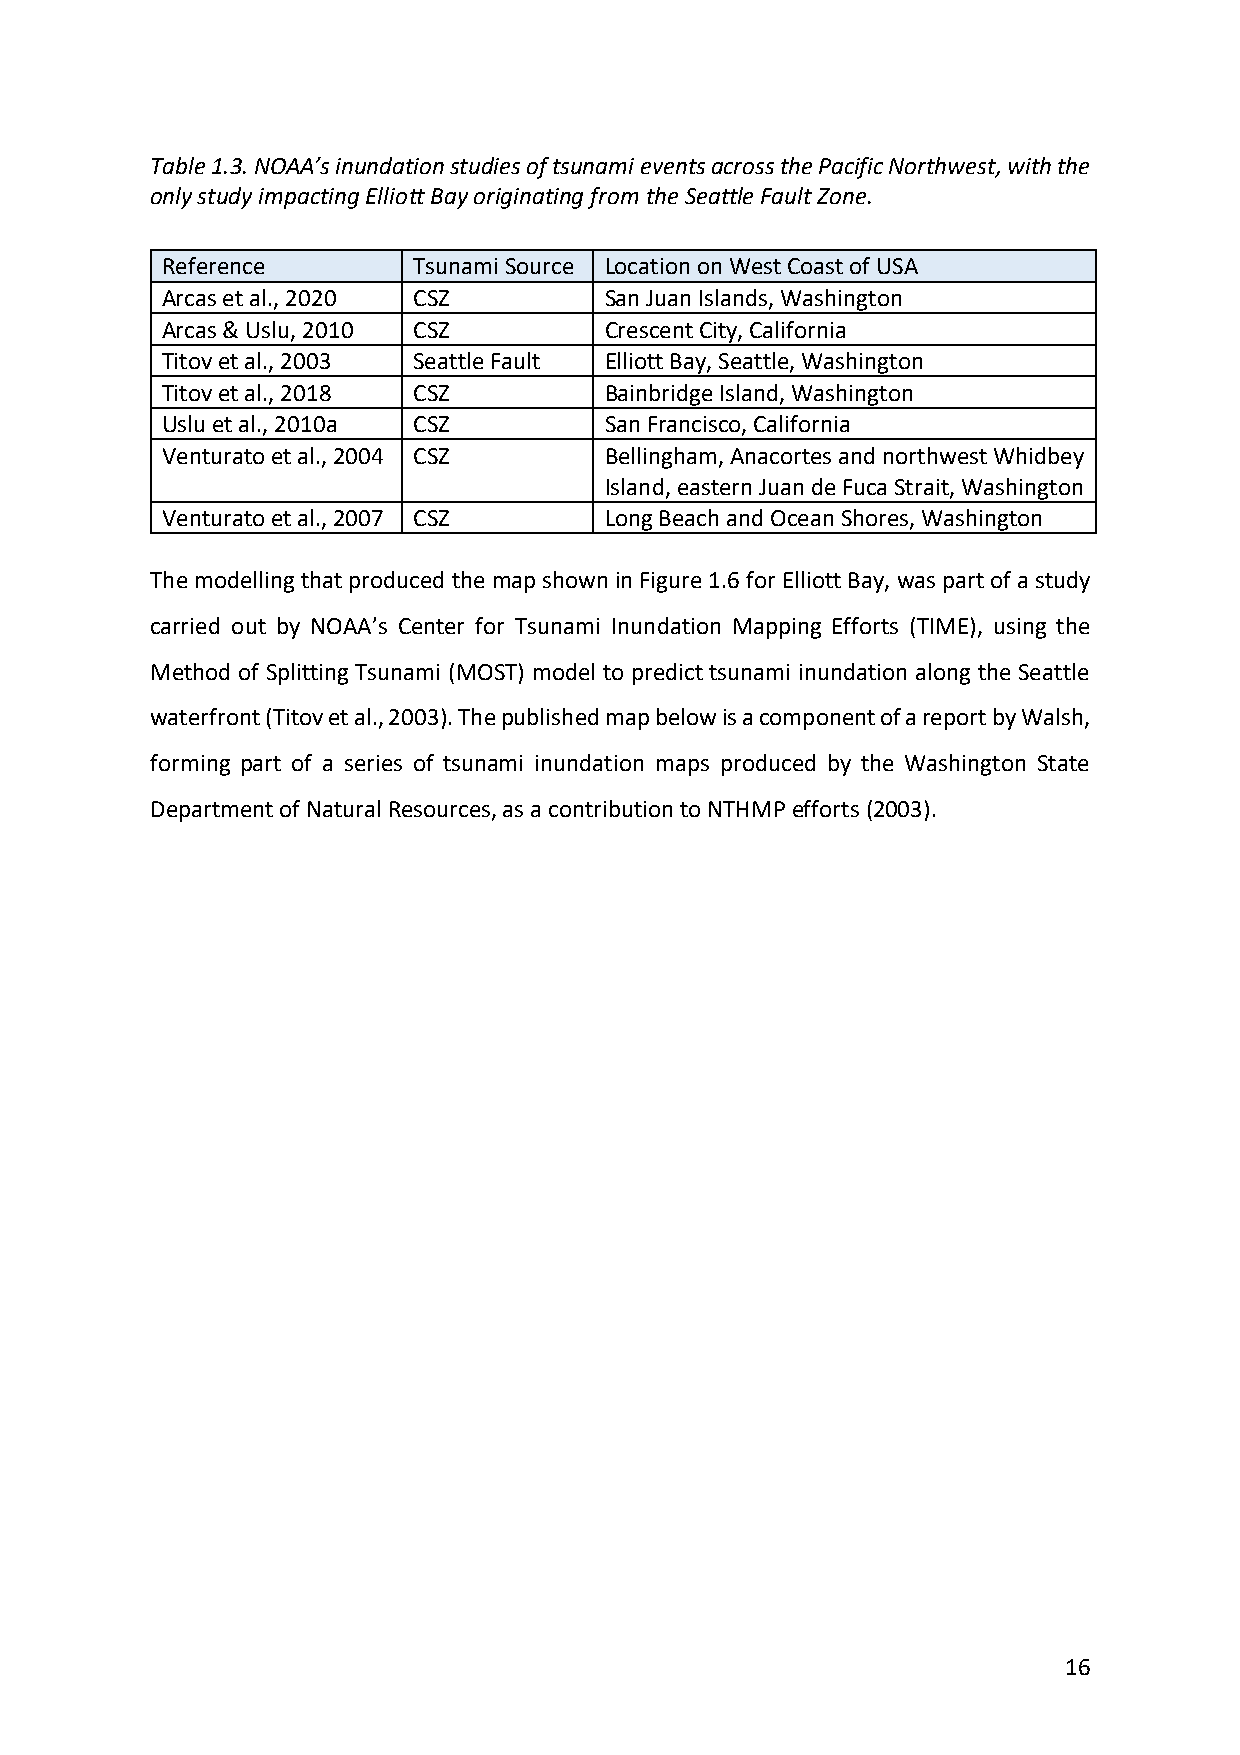
Table 1.3. NOAA’s inundation studies of tsunami events across the Pacific Northwest, with the
 only study impacting Elliott Bay originating from the Seattle Fault Zone.
 Reference       Tsunami Source Location on West Coast of USA
 Arcas et al., 2020 CSZ       San Juan Islands, Washington
 Arcas & Uslu, 2010 CSZ       Crescent City, California
 Titov et al., 2003 Seattle Fault Elliott Bay, Seattle, Washington
 Titov et al., 2018 CSZ       Bainbridge Island, Washington
 Uslu et al., 2010a CSZ       San Francisco, California
 Venturato et al., 2004 CSZ   Bellingham, Anacortes and northwest Whidbey
 Island, eastern Juan de Fuca Strait, Washington
 Venturato et al., 2007 CSZ   Long Beach and Ocean Shores, Washington
 The modelling that produced the map shown in Figure 1.6 for Elliott Bay, was part of a study
 carried out by NOAA’s Center for Tsunami Inundation Mapping Efforts (TIME), using the
 Method of Splitting Tsunami (MOST) model to predict tsunami inundation along the Seattle
 waterfront (Titov et al., 2003). The published map below is a component of a report by Walsh,
 forming part of a series of tsunami inundation maps produced by the Washington State
 Department of Natural Resources, as a contribution to NTHMP efforts (2003).
 16